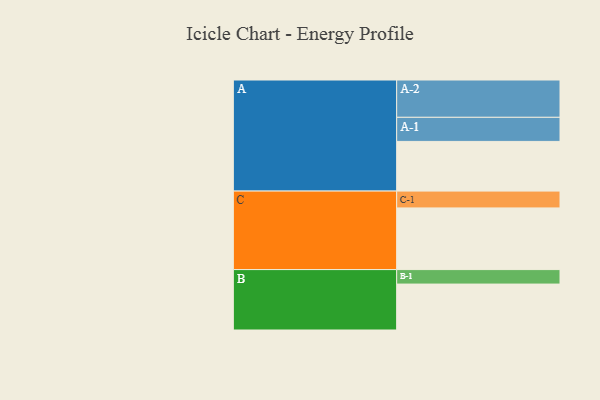
{"axis": {"x": "Segment", "y": "Value"}, "legend": ["", "A", "B", "C"], "data": [{"x": "A", "y": 398, "type": ""}, {"x": "B", "y": 368, "type": ""}, {"x": "C", "y": 494, "type": ""}, {"x": "A-1", "y": 193, "type": "A"}, {"x": "A-2", "y": 299, "type": "A"}, {"x": "B-1", "y": 116, "type": "B"}, {"x": "C-1", "y": 135, "type": "C"}]}